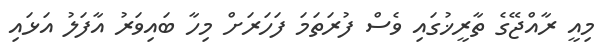
މިއީ ރާއްޖޭގެ ތާރީޚުގައި ވެސް ފުރަތަމަ ފަހަރަށް މިހާ ބައިވަރު އާފަލު އަޅައި